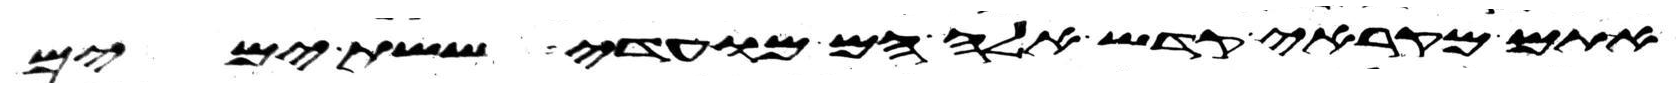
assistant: אתם מקראי קדש אלה הם מועדי ששת ימים